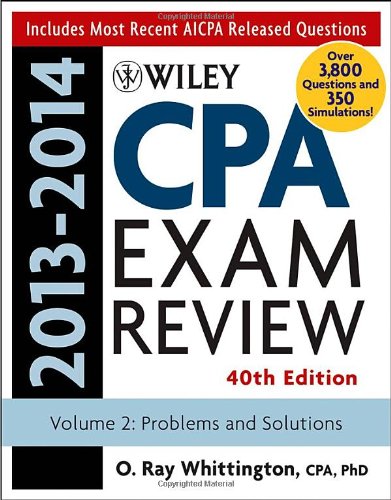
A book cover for Wiley CPA Examination Review 2013-2014, Problems and Solutions (Volume 2); O. Ray Whittington; Test Preparation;